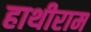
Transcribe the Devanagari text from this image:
हाथीराम